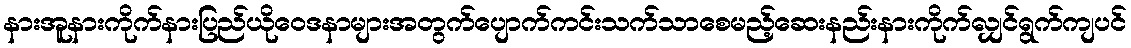
နားအူနားကိုက်နားပြည်ယိုဝေဒနာများအတွက်ပျောက်ကင်းသက်သာစေမည့်ဆေးနည်းနားကိုက်လျှင်ရွက်ကျပင်